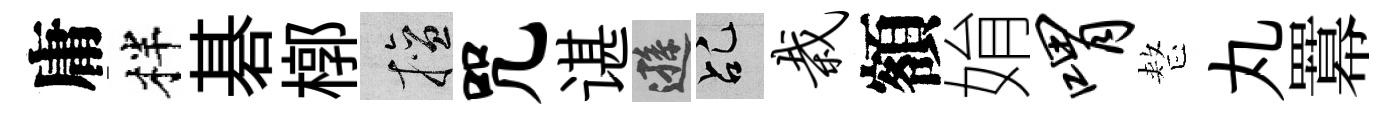
庸柈碁槨擅咒谌遜乩栽額姢喟整丸羃